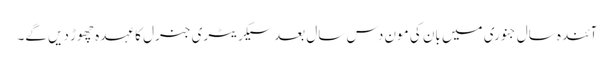
آئندہ سال جنوری میں بان کی مون دس سال بعد سیکریٹری جنرل کا عہدہ چھوڑ دیں گے۔